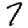
Digit: 7